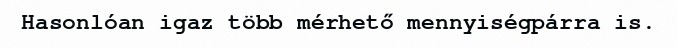
Hasonlóan igaz több mérhető mennyiségpárra is.